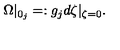
\Omega | _ { 0 _ { j } } = : g _ { j } d \zeta | _ { \zeta = 0 } .